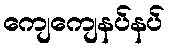
ကျေကျေနပ်နပ်